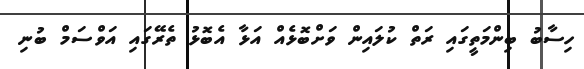
ހިސާބު ބިންމަތީގައި ރަތް ކުލައިން ވަށްބޮޅެއް އަޅާ އެބޮޅު ތެރޭގައި އަވްސަމް ބުނި